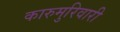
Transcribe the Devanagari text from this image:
कारुमुरिवारी